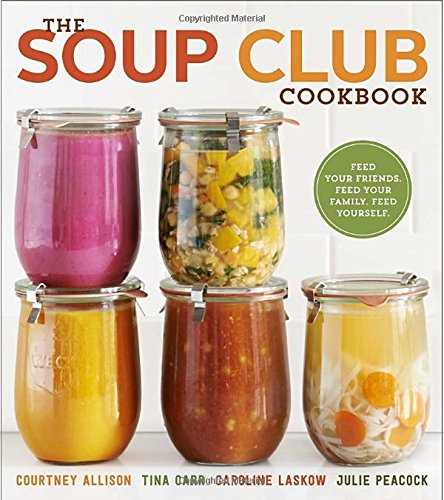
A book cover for The Soup Club Cookbook: Feed Your Friends, Feed Your Family, Feed Yourself; Courtney Allison; Cookbooks, Food & Wine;